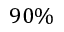
9 0 \%